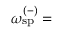
\omega _ { \mathrm { s p } } ^ { ( - ) } = \begin{array} { r l } \end{array}